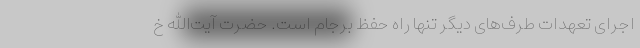
اجرای تعهدات طرف‌های دیگر تنها راه حفظ برجام است. حضرت آیت‌الله خ